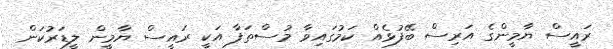
ރައީސް ޔާމީންގެ އަރިސް ބޭފުޅެއް ކަމުގައިވާ މުސްތަފާ އަކީ ރައީސް ޔާމީން ލީޑަރުކަން